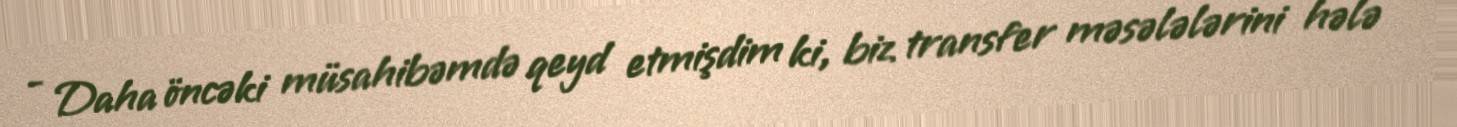
- Daha öncəki müsahibəmdə qeyd etmişdim ki, biz transfer məsələlərini hələ